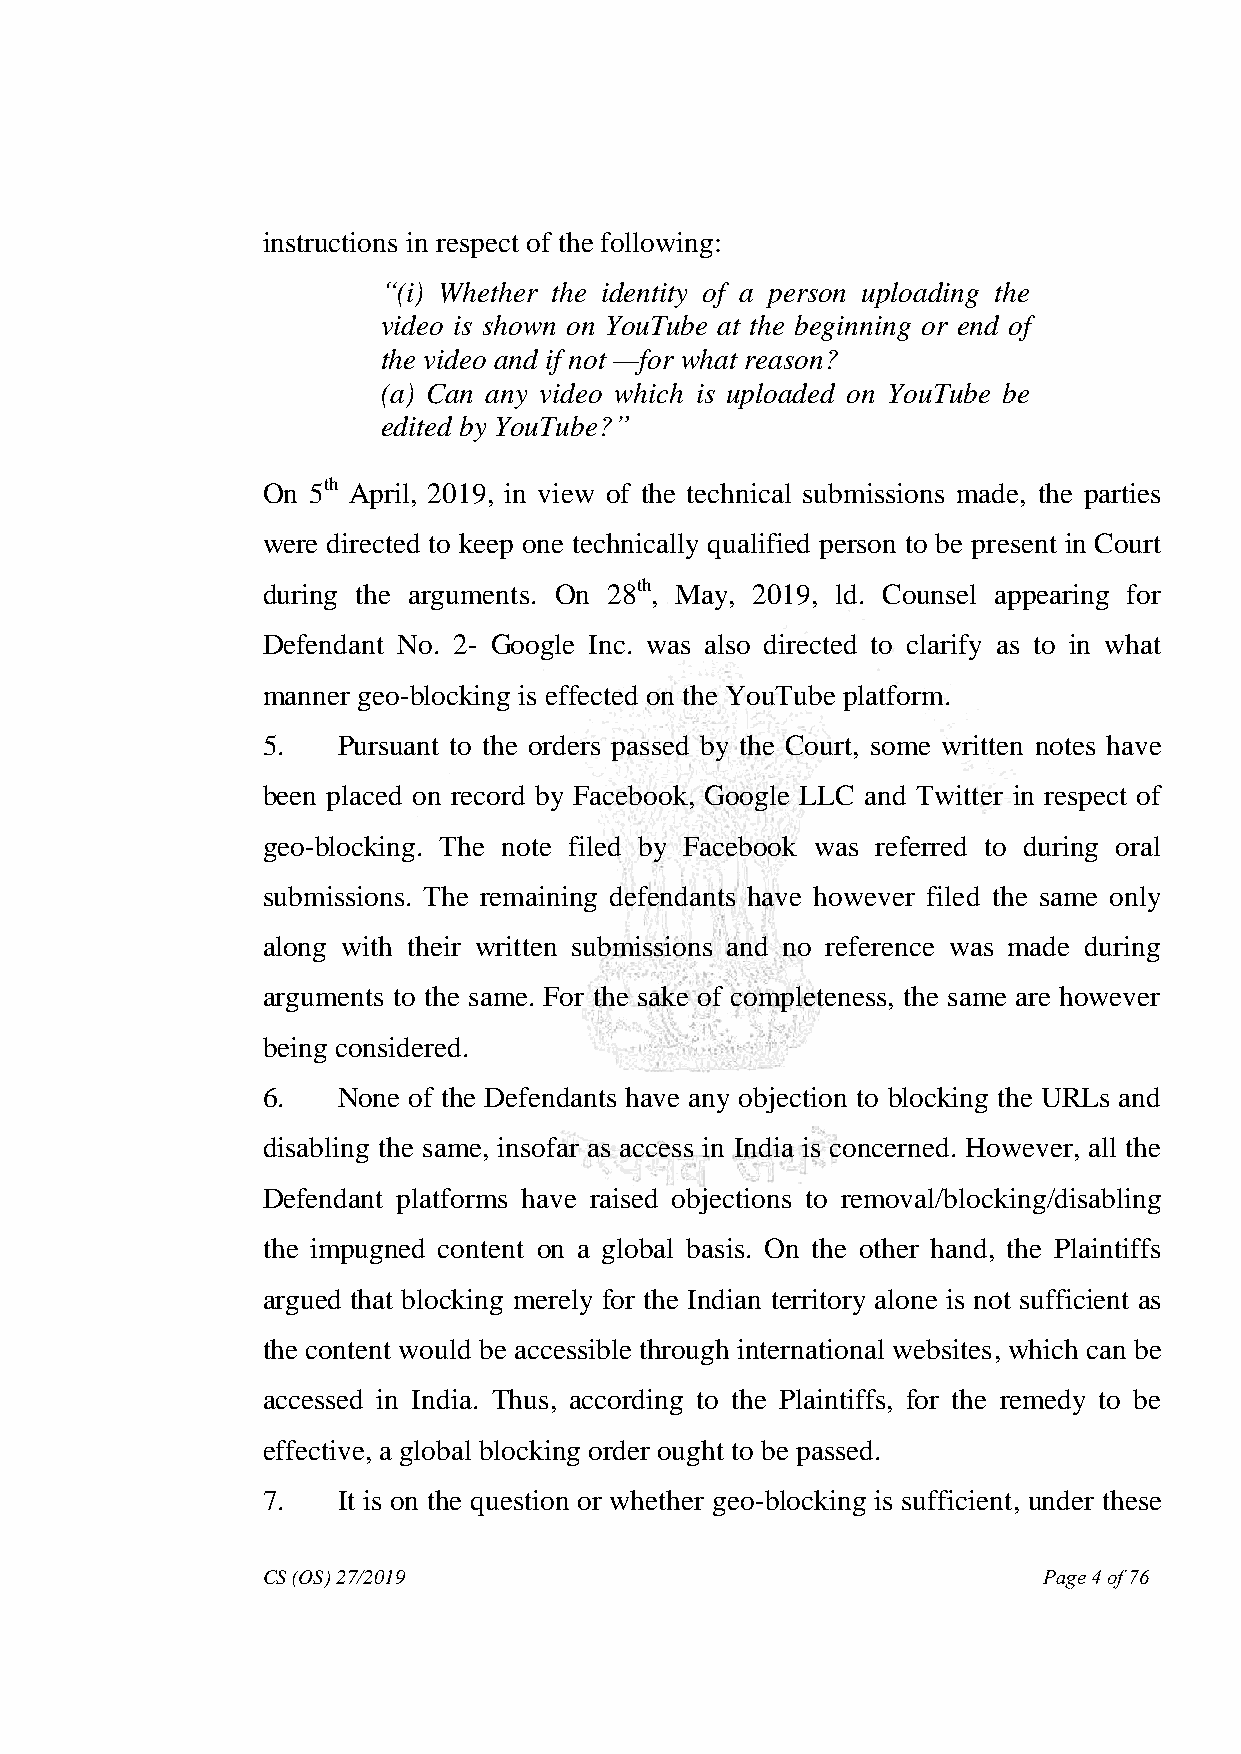
instructions in respect of the following:
 ―(i) Whether the identity of a person uploading the
 video is shown on YouTube at the beginning or end of
 the video and if not —for what reason?
 (a) Can any video which is uploaded on YouTube be
 edited by YouTube?‖
 On 5th April, 2019, in view of the technical submissions made, the parties
 were directed to keep one technically qualified person to be present in Court
 during the arguments. On 28th, May, 2019, ld. Counsel appearing for
 Defendant No. 2- Google Inc. was also directed to clarify as to in what
 manner geo-blocking is effected on the YouTube platform.
 5.   Pursuant to the orders passed by the Court, some written notes have
 been placed on record by Facebook, Google LLC and Twitter in respect of
 geo-blocking. The note filed by Facebook was referred to during oral
 submissions. The remaining defendants have however filed the same only
 along with their written submissions and no reference was made during
 arguments to the same. For the sake of completeness, the same are however
 being considered.
 6.   None of the Defendants have any objection to blocking the URLs and
 disabling the same, insofar as access in India is concerned. However, all the
 Defendant platforms have raised objections to removal/blocking/disabling
 the impugned content on a global basis. On the other hand, the Plaintiffs
 argued that blocking merely for the Indian territory alone is not sufficient as
 the content would be accessible through international websites, which can be
 accessed in India. Thus, according to the Plaintiffs, for the remedy to be
 effective, a global blocking order ought to be passed.
 7.   It is on the question or whether geo-blocking is sufficient, under these
 CS (OS) 27/2019                                     Page 4 of 76